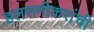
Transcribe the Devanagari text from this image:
हलसगीकरांची